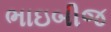
ભાઇબીજ